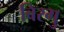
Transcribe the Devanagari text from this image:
बिरगु